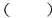
()